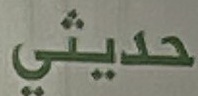
حديثي